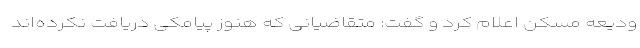
ودیعه مسکن اعلام کرد و گفت: متقاضیانی که هنوز پیامکی دریافت نکرده‌اند